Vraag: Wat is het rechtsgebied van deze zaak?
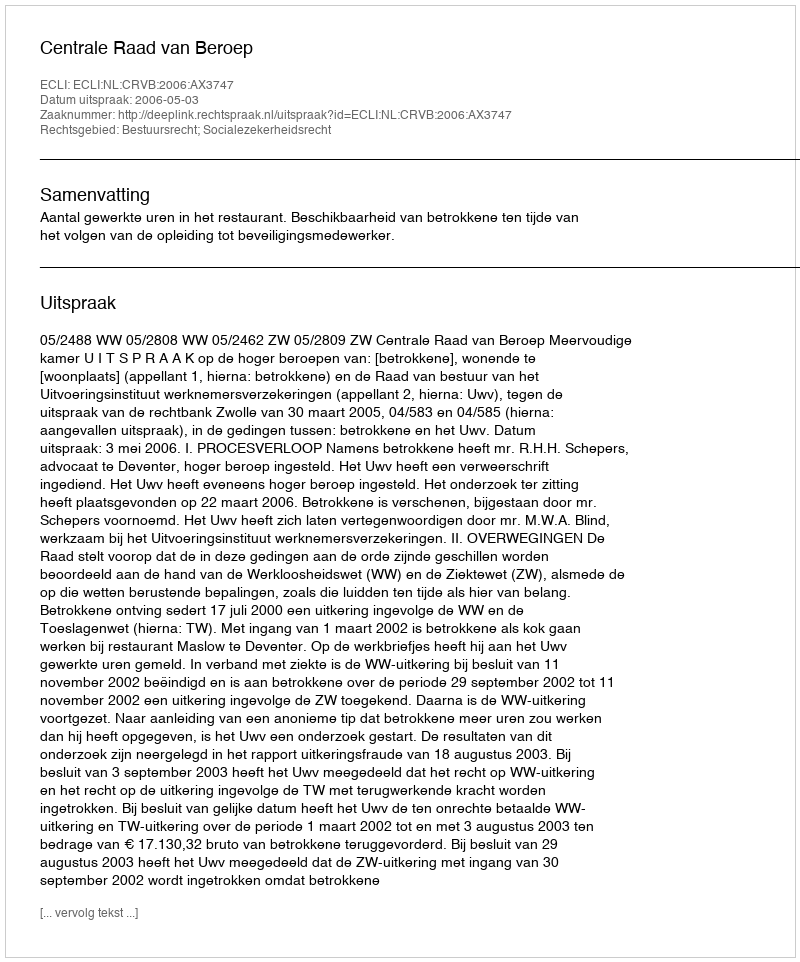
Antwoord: Bestuursrecht; Socialezekerheidsrecht